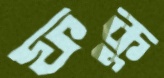
ফকু